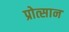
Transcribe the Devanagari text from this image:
प्रोत्सान